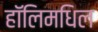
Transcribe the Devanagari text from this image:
हॉलिमधिल